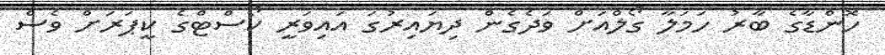
ހޮންޑާގެ ބާރު ހަމަލާ ގޯލްއަށް ވަދެގެން ދިޔައިރުގަ އައިވަރީ ކޯސްޓްގެ ކީޕަރަށް ވެސް